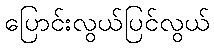
ပြောင်းလွယ်ပြင်လွယ်